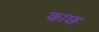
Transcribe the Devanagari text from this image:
काछ